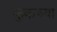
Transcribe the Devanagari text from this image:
कुकच्या